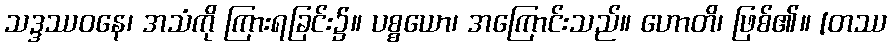
သဒ္ဒဿဝနေ၊ အသံကို ကြားရခြင်း၌။ ပစ္စယော၊ အကြောင်းသည်။ ဟောတိ၊ ဖြစ်၏။ [တဿ